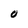
Character: O